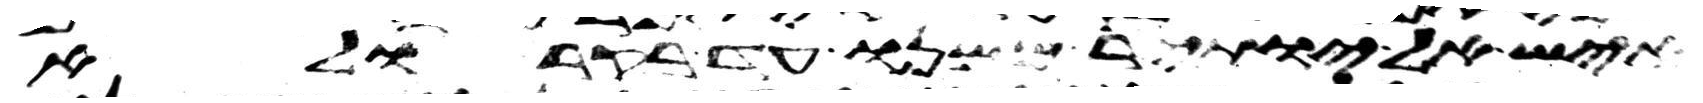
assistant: איש אל יותיר ממנו עד בקר ולא